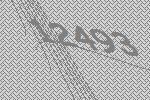
12493